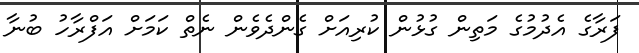
ފަރާގެ އެދުމުގެ މަތިން ގުޅުން ކުރިއަށް ގެންދެވެން ނެތް ކަމަށް އަފްރާހު ބުނާ